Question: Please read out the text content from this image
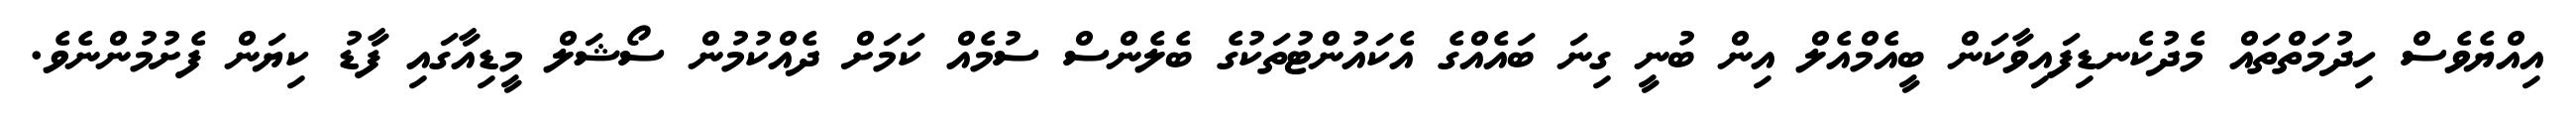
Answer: އިއްޔެވެސް ހިދުމަތްތައް މެދުކެނޑިފައިވާކަން ބީއެމްއެލް އިން ބުނީ ގިނަ ބައެއްގެ އެކައުންޓުތަކުގެ ބެލެންސް ސުމެއް ކަމަށް ދެއްކުމުން ސޯޝަލް މީޑިއާގައި ފާޑު ކިޔަން ފެށުމުންނެވެ.